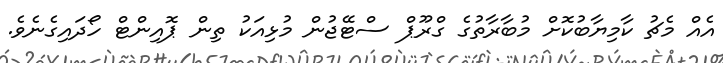
އެއް މެޗު ކާމިޔާބުކޮށް މުބާރާތުގެ ގްރޫޕް ސްޓޭޖުން މުޅިއަކު ތިން ޕޮއިންޓް ހޯދައިގެނެވެ.